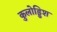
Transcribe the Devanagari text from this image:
कुलोड्डिश